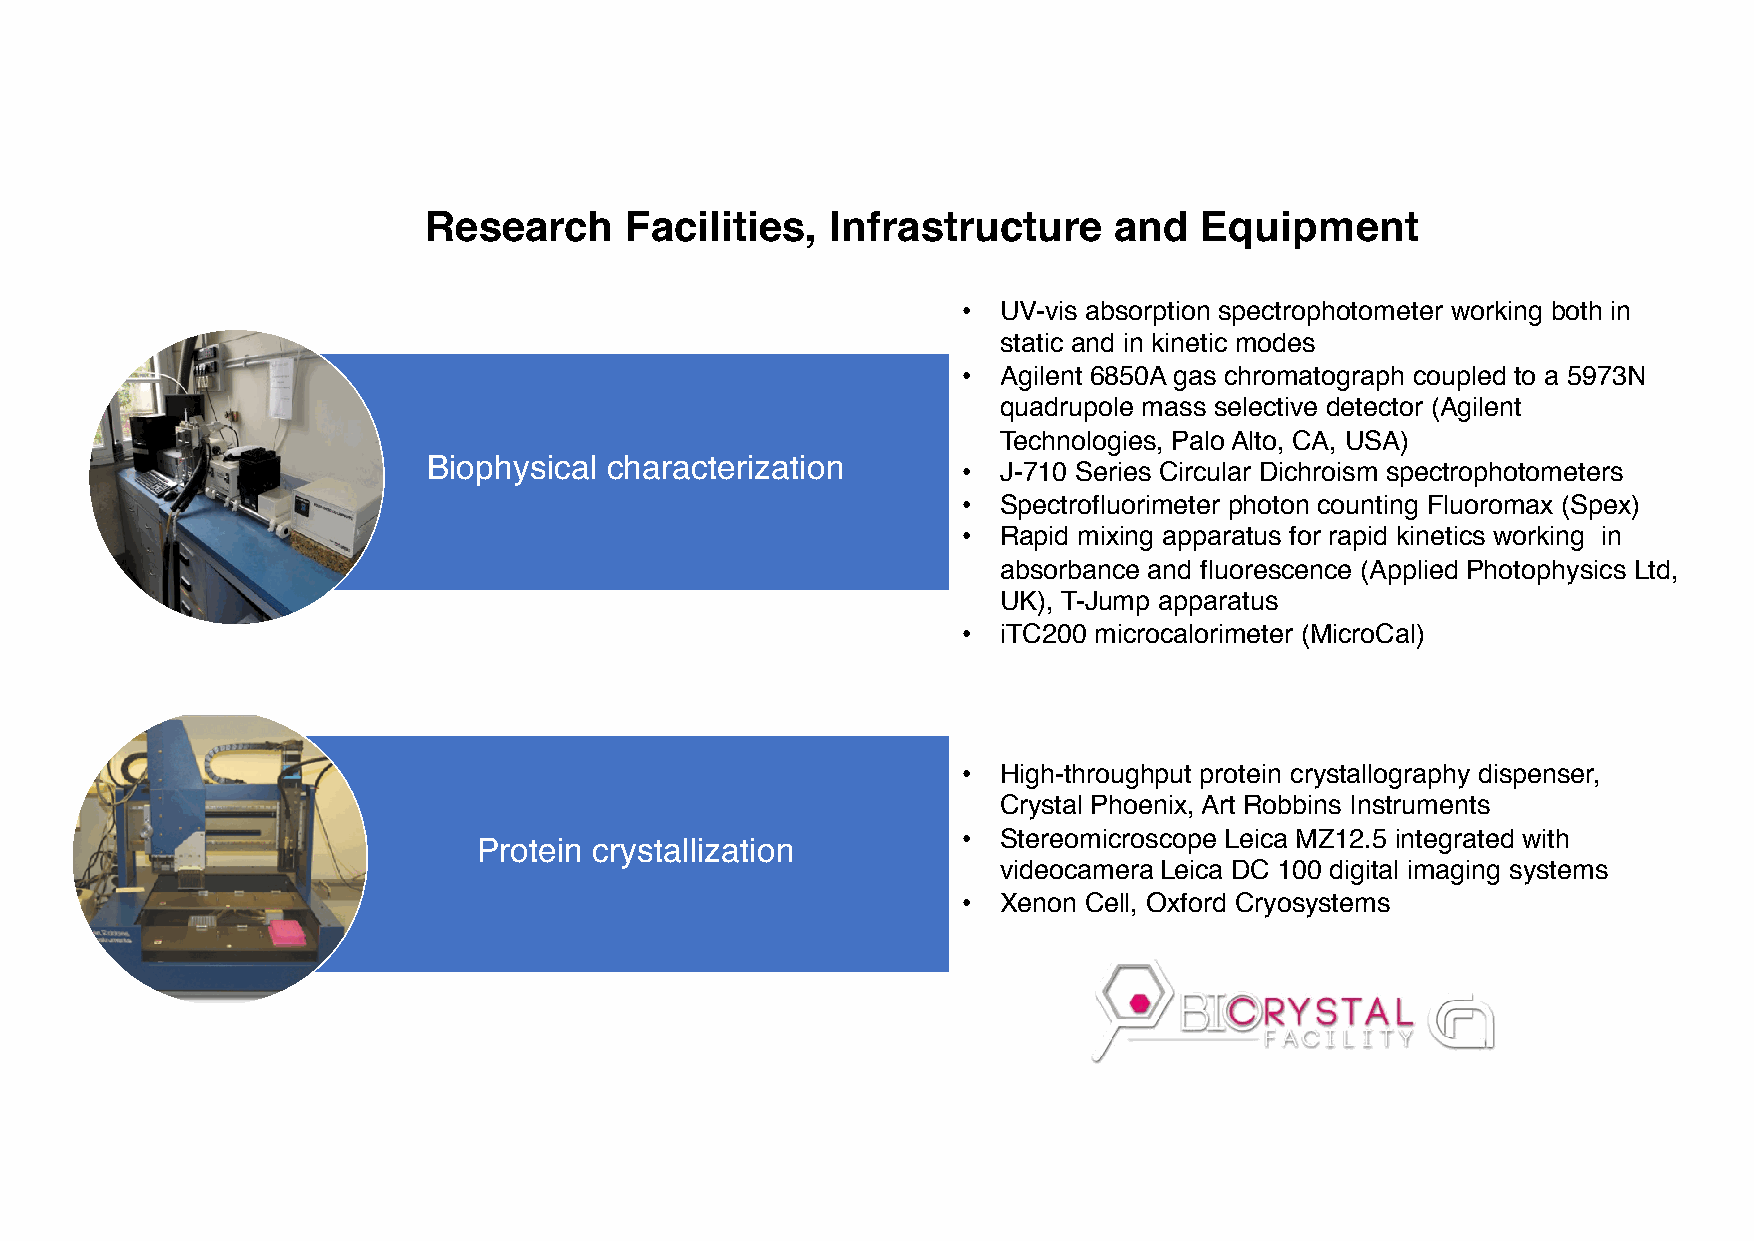
Research     Facilities,   Infrastructure     and   Equipment
 • UV-vis absorption spectrophotometer working both in
 static and in kinetic modes
 • Agilent 6850A gas chromatograph coupled to a 5973N
 quadrupole mass selective detector (Agilent
 Technologies, Palo Alto, CA, USA)
 Biophysical characterization        • J-710 Series Circular Dichroism spectrophotometers
 • Spectrofluorimeter photon counting Fluoromax (Spex)
 • Rapid mixing apparatus for rapid kinetics working in
 absorbance and fluorescence (Applied Photophysics Ltd,
 UK), T-Jump apparatus
 • iTC200 microcalorimeter (MicroCal)
 • High-throughput protein crystallography dispenser,
 Crystal Phoenix, Art Robbins Instruments
 • Stereomicroscope Leica MZ12.5 integrated with
 Protein crystallization
 videocameraLeica DC 100 digital imaging systems
 • Xenon Cell, Oxford Cryosystems